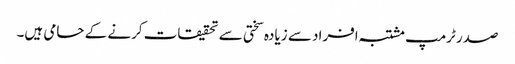
صدر ٹرمپ مشتبہ افراد سے زیادہ سختی سے تحقیقات کرنے کے حامی ہیں۔